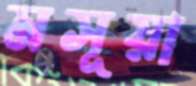
মসূয়া